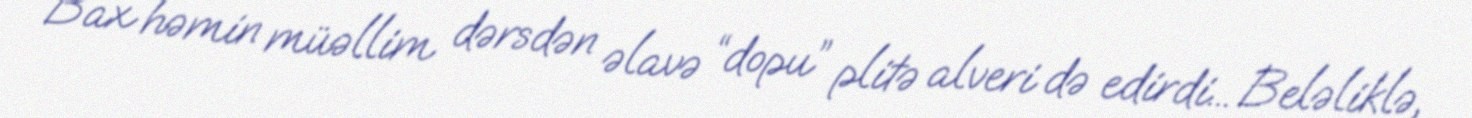
Bax həmin müəllim dərsdən əlavə “dopu” plitə alveri də edirdi... Beləliklə,